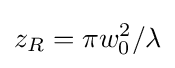
z_{R}=\pi w_{0}^{2}/\lambda